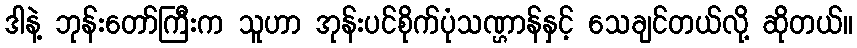
ဒါနဲ့ ဘုန်းတော်ကြီးက သူဟာ အုန်းပင်စိုက်ပုံသဏ္ဌာန်နှင့် သေချင်တယ်လို့ ဆိုတယ်။